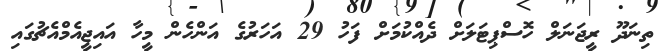
ތިނަދޫ ރީޖަނަލް ހޮސްޕިޓަލަށް ދެއްކުމަށް ފަހު 29 އަހަރުގެ އަންހެން މީހާ އައިޖީއެމްއެޗުގައި